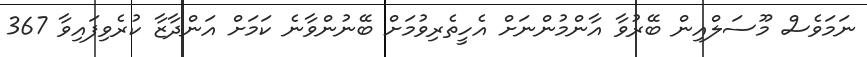
ނަމަވެސް މޫސަލްއިން ބޭރުވާ އާންމުންނަށް އެހީތެރިވުމަށް ބޭނުންވާނެ ކަމަށް އަންދާޒާ ކުރެވިފައިވާ 367